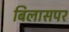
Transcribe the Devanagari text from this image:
बिलासपर